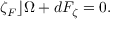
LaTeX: \zeta _ { F } \rfloor \Omega + d F _ { \zeta } = 0 .